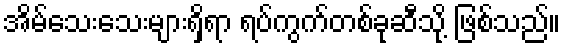
အိမ်သေးသေးများရှိရာ ရပ်ကွက်တစ်ခုဆီသို့ ဖြစ်သည်။